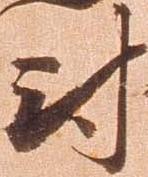
尉